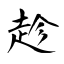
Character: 趁